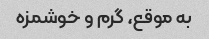
به موقع، گرم و‌ خوشمزه